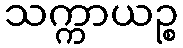
သက္ကာယဉ္စ